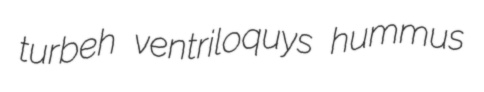
turbeh ventriloquys hummus